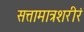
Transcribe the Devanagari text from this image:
सत्तामात्रशरीरं